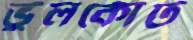
ভুলকোট